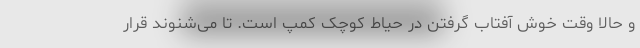
و حالا وقت خوش آفتاب گرفتن در حیاط کوچک کمپ است. تا می‌شنوند قرار